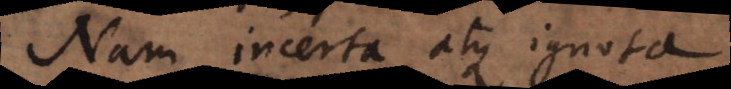
Nam incerta atque ignota